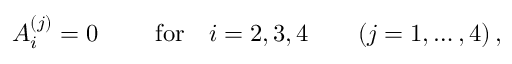
A _ { i } ^ { ( j ) } = 0 \qquad \mathrm { ~ f o r } \quad i = 2 , 3 , 4 \qquad ( j = 1 , \dots , 4 ) \, ,